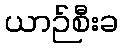
ယာဉ်စီးခ